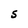
Character: S